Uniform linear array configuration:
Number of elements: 8
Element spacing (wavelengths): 0.25
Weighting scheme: binomial
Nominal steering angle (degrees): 15
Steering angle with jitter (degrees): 14.189
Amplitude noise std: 0.05
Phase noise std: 0.05

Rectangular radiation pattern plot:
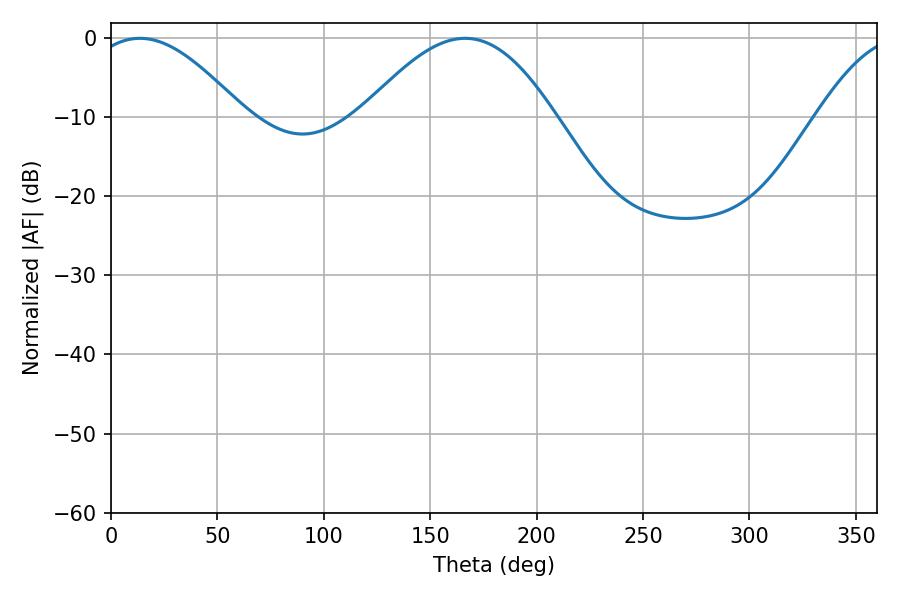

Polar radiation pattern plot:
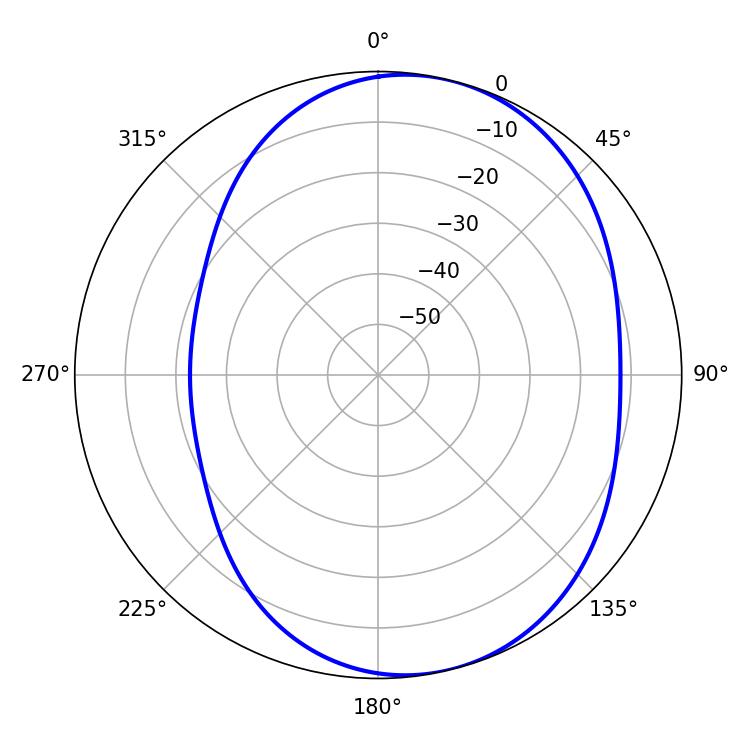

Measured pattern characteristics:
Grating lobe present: FALSE
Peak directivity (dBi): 6.002
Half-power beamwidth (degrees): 39.06
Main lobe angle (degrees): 13.68